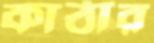
কাঠার